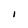
Character: l